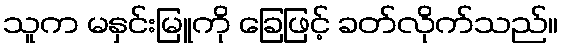
သူက မနှင်းမြူကို ခြေဖြင့် ခတ်လိုက်သည်။